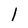
Character: 1